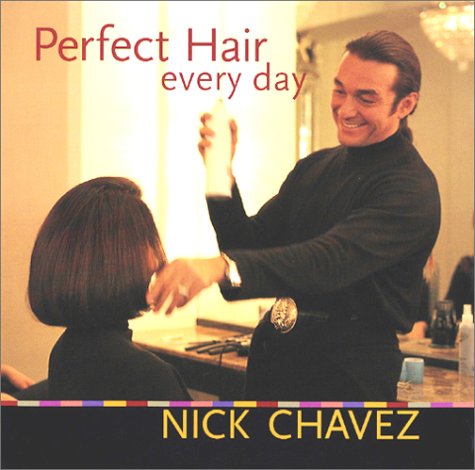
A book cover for Perfect Hair Every Day; Nick Chavez; Health, Fitness & Dieting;